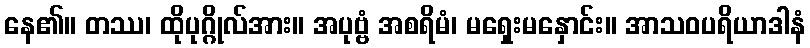
နေ၏။ တဿ၊ ထိုပုဂ္ဂိုလ်အား။ အပုဗ္ဗံ အစရိမံ၊ မရှေးမနှောင်း။ အာသဝပရိယာဒါနံ